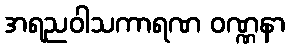
အရညဝါသကာရဏ ဝဏ္ဏနာ